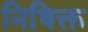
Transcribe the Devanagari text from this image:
निषिक्त